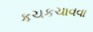
કચકચાવવા